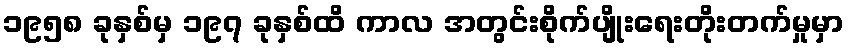
၁၉၅၈ ခုနှစ်မှ ၁၉၇ ခုနှစ်ထိ ကာလ အတွင်းစိုက်ပျိုးရေးတိုးတက်မှုမှာ